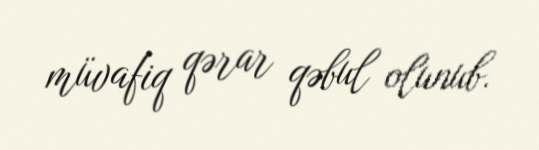
müvafiq qərar qəbul olunub.